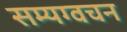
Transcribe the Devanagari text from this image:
सम्यग्वचन